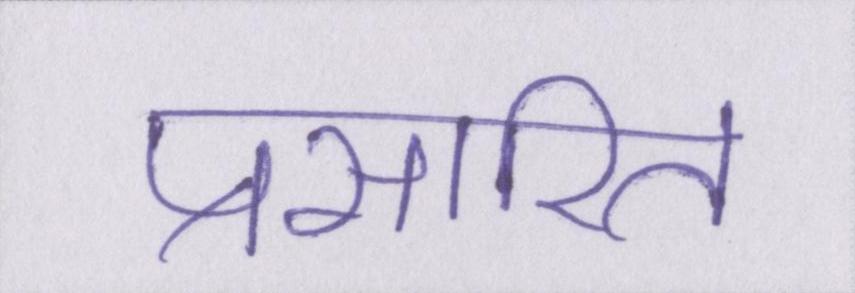
प्रसारित